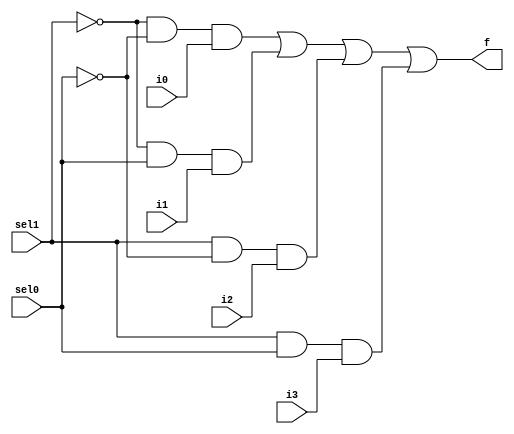
// #######################################################################
// # Copyright (C)                                                       #
// # 2023 Nima Akbarzade (iw4p@protonmail.com)                           #
// # Permission given to modify the code as long as you keep this        #
// # declaration at the top                                              #
// #######################################################################

module mux4to1(sel1, sel0, i0, i1, i2, i3 , f);
  input sel1, sel0, i0, i1, i2, i3;
  output f;
  wire w1, w2, w3, w4, nsel1, nsel0;
  not(nsel1, sel1);
  not(nsel0, sel0);
  
  and(w1, nsel1, nsel0, i0);
  and(w2, nsel1, sel0, i1);
  and(w3, sel1, nsel0, i2);
  and(w4, sel1, sel0, i3);
  
  or(f, w1, w2, w3, w4);
  
endmodule

module mux4to1_8bit(sel1, sel0, i0, i1, i2, i3 , f);
  input sel1, sel0;
  input [7:0]i3, i2, i1, i0;
  output [7:0]f;

  mux4to1 mux1(.sel1(sel1), .sel0(sel0), .i0(i0[0]), .i1(i1[0]), .i2(i2[0]), .i3(i3[0]), .f(f[0]));
  mux4to1 mux2(.sel1(sel1), .sel0(sel0), .i0(i0[1]), .i1(i1[1]), .i2(i2[1]), .i3(i3[1]), .f(f[1]));
  mux4to1 mux3(.sel1(sel1), .sel0(sel0), .i0(i0[2]), .i1(i1[2]), .i2(i2[2]), .i3(i3[2]), .f(f[2]));
  mux4to1 mux4(.sel1(sel1), .sel0(sel0), .i0(i0[3]), .i1(i1[3]), .i2(i2[3]), .i3(i3[3]), .f(f[3]));
  mux4to1 mux5(.sel1(sel1), .sel0(sel0), .i0(i0[4]), .i1(i1[4]), .i2(i2[4]), .i3(i3[4]), .f(f[4]));
  mux4to1 mux6(.sel1(sel1), .sel0(sel0), .i0(i0[5]), .i1(i1[5]), .i2(i2[5]), .i3(i3[5]), .f(f[5]));
  mux4to1 mux7(.sel1(sel1), .sel0(sel0), .i0(i0[6]), .i1(i1[6]), .i2(i2[6]), .i3(i3[6]), .f(f[6]));
  mux4to1 mux8(.sel1(sel1), .sel0(sel0), .i0(i0[7]), .i1(i1[7]), .i2(i2[7]), .i3(i3[7]), .f(f[7]));

endmodule

module test_mux4to1_8bit;
  reg [7:0]i0t, i1t, i2t, i3t;
  reg sel1t, sel0t;
  wire [7:0]q;
  mux4to1_8bit mux(.sel1(sel1t), .sel0(sel0t), .i0(i0t), .i1(i1t), .i2(i2t), .i3(i3t), .f(q));
  initial begin
    $monitor("sel1=%b, sel0=%b, i0=%b, i1=%b, i2=%b, i3=%b => f=%b", sel1t, sel0t, i0t, i1t, i2t, i3t, q);
    sel1t=1'b0; sel0t=1'b0; i0t=8'b10100100; i1t=8'b00001111; i2t=8'b00011101; i3t=8'b10011100;    
  end
endmodule